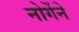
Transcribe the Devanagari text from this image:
नोर्गेने